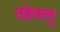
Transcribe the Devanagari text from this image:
ठहेयलु